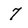
Character: 7